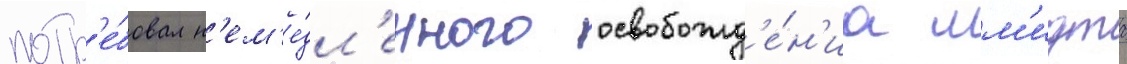
потр'е́бовал н'ем'е́дл'енного освобожд'е́н'иа шм'идта